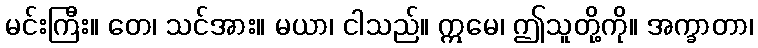
မင်းကြီး။ တေ၊ သင်အား။ မယာ၊ ငါသည်။ ဣမေ၊ ဤသူတို့ကို။ အက္ခာတာ၊